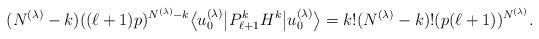
LaTeX: \begin{gather*}(N^{(\lambda)}-k) ((\ell+1) p)^{N^{(\lambda)}-k} \big\langle u_0^{(\lambda)}\big| P_{\ell+1}^k H^k \big|u_0^{(\lambda)}\big\rangle = k!(N^{(\lambda)}-k)! (p (\ell+1))^{N^{(\lambda)}}.\end{gather*}